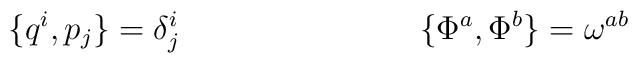
\{ q^i, p_j \} = \delta^i_j \hspace{1.2in} \{\Phi^a, \Phi^b\} = \omega^{ab}